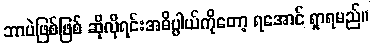
ဘာပဲဖြစ်ဖြစ် ဆိုလိုရင်းအဓိပ္ပါယ်ကိုတော့ ရအောင် ရှာရမည်။